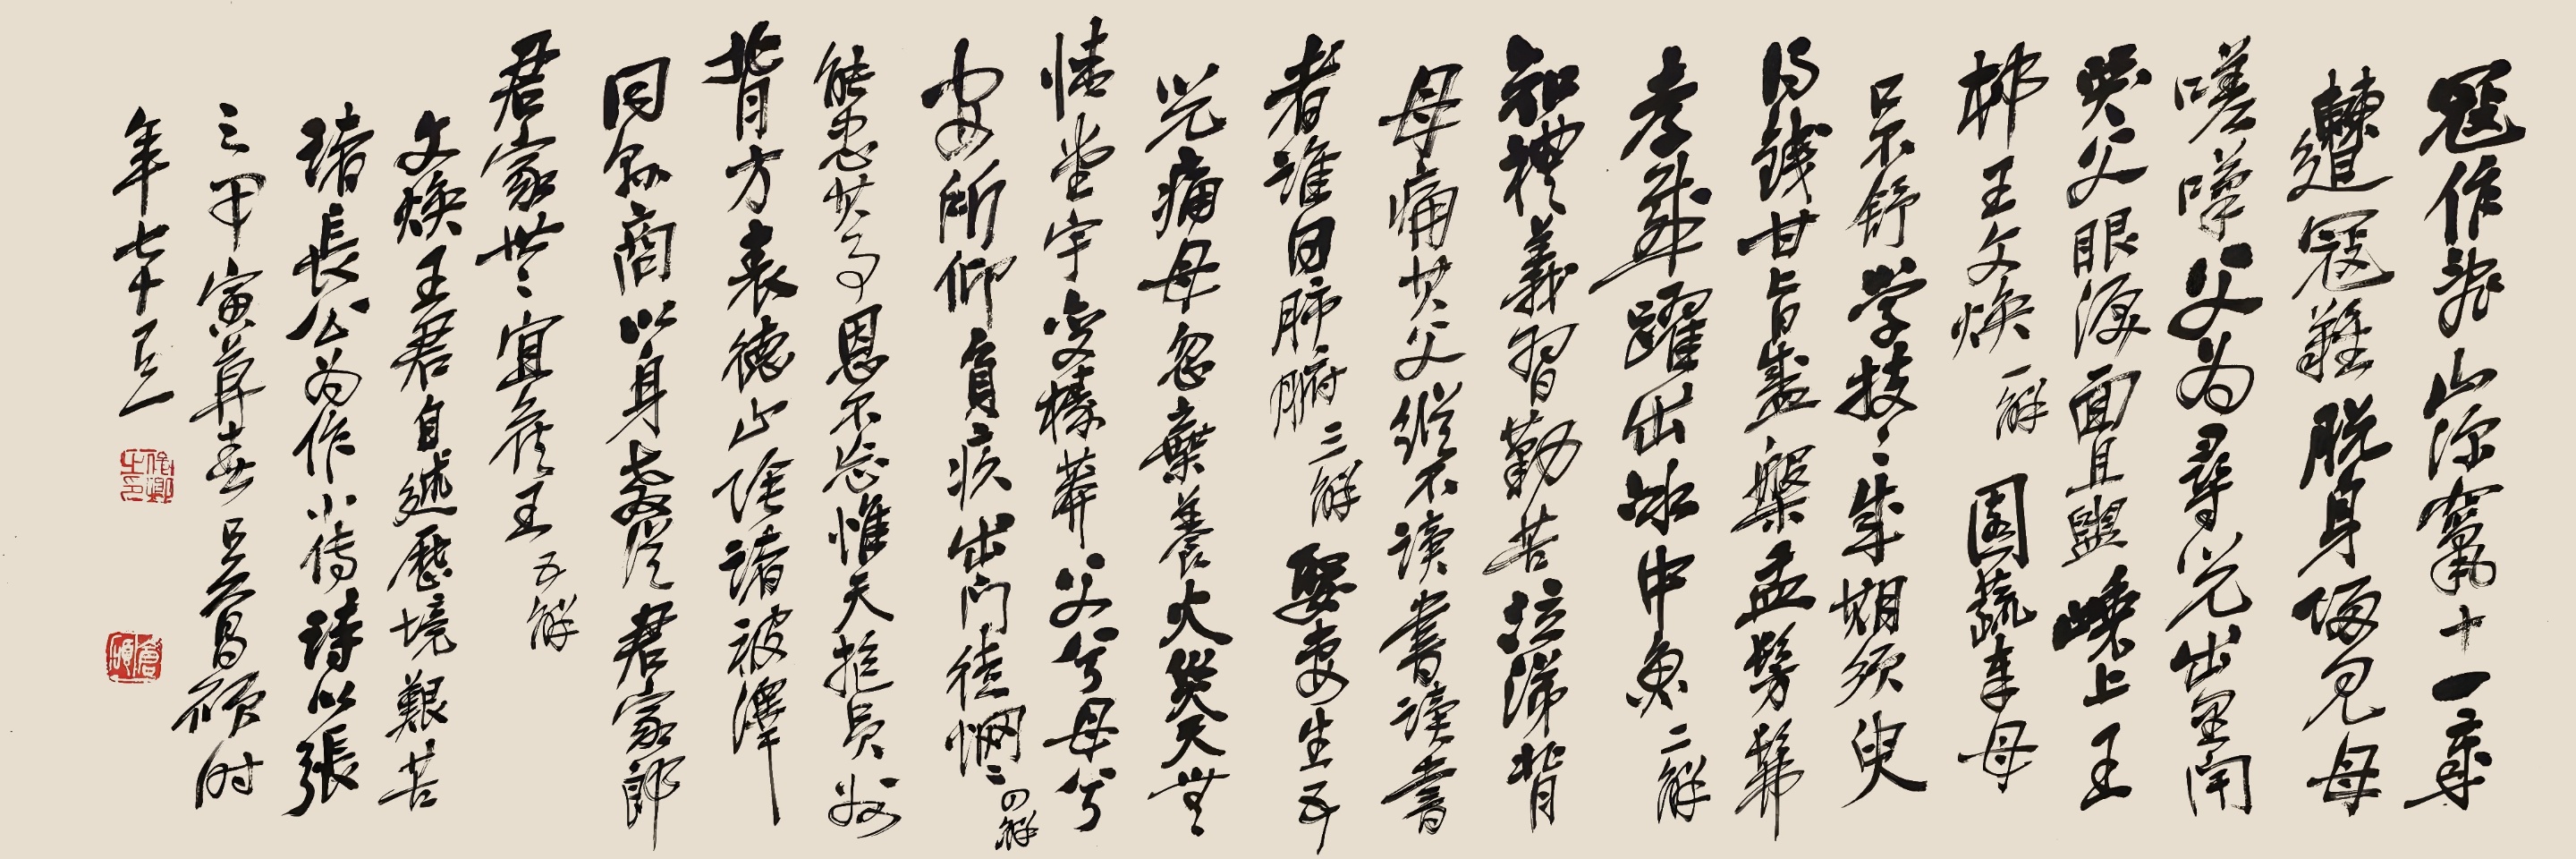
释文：寇作乱，山深窜，十一岁，遭冠难，脱身归见母嗟叹。父为寻儿出里闬，哭父眼泪面且盥。巉上王村王文焕。一解。园蔬奉母口不舒，学技技成期须臾。得钱甘旨盛槃盂，髣髴孝感跃出冰中鱼。二解。知礼义，习勤苦，泣涕背母痛其父。纵不读书，读书者谁？曰肺腑。三解。娶妻生五儿，痛母忽弃养。火灾天无情，堂宇变榛莽。父兮母兮安所仰，负疚出门徒惘惘。四解。能忠其事恩不忘，惟天抱员州背方。表德山阴诸被泽，同县商以身教，从君家郎，君家世世宜侯王。五解。文焕王君自述历境艰苦，诸长公为作小传诗以张之。甲寅暮春，吴昌硕时年七十有一。